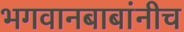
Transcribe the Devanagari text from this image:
भगवानबाबांनीच